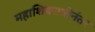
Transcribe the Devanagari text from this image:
महाशिवरात्रीनंतर